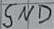
Text: GND